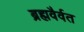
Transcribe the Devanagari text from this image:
ब्रह्मवैर्वत